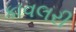
કાવલરી